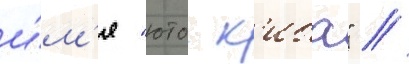
и́м'я "юто к'иба" //